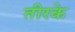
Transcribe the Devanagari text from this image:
तीरके